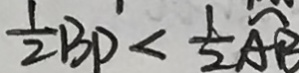
\frac { 1 } { 2 } B D < \frac { 1 } { 2 } \widehat { A B }